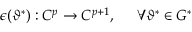
\epsilon ( \vartheta ^ { * } ) : C ^ { p } \rightarrow C ^ { p + 1 } , \; \; \; \; \; \forall \vartheta ^ { * } \in { \cal G } ^ { * }